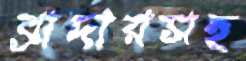
ব্রাদারসহ